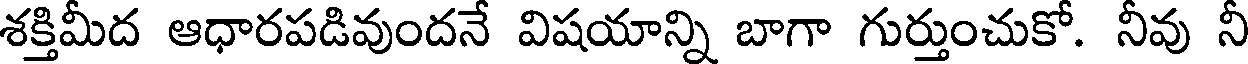
శక్తిమీద ఆధారపడివుందనే విషయాన్ని బాగా గుర్తుంచుకో. నీవు నీ